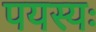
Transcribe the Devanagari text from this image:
पयस्यः